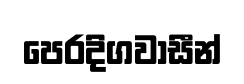
පෙරදිගවාසීන්